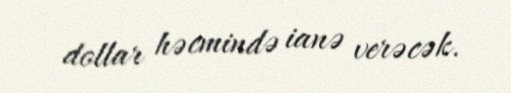
dollar həcmində ianə verəcək.